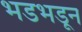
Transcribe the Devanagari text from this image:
भडभडून